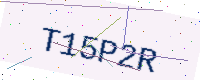
Text: T15P2R